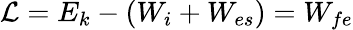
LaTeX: \mathcal{L}=E_{k}-(W_{i}+W_{es})=W_{fe}